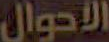
الأحوال